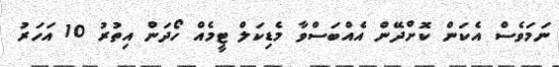
ނަމަވެސް އެކަން ކޮށްދޭން އެއްބަސްވާ މެޑިކަލް ޓީމެއް ހޯދަން އިތުރު 10 އަހަރު